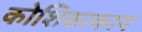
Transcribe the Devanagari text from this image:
कोशिकाकाय